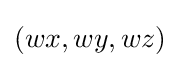
(wx,wy,wz)